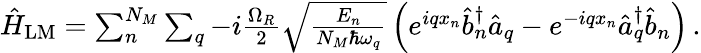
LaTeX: \begin{array}{r}{\hat{H}_{\mathrm{LM}}=\sum_{n}^{N_{M}}\sum_{q}-i\frac{\Omega_{R}}{2}\sqrt{\frac{E_{n}}{N_{M}\hbar\omega_{q}}}\left(e^{iqx_{n}}\hat{b}_{n}^{\dagger}\hat{a}_{q}-e^{-iqx_{n}}\hat{a}_{q}^{\dagger}\hat{b}_{n}\right)\, .}\end{array}